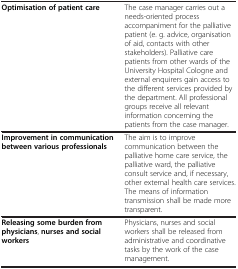
|  |  |
 | --- | --- |
 | Optimisation of patient care | The case manager carries out a needs-oriented process accompaniment for the palliative patient (e. g. advice, organisation of aid, contacts with other stakeholders). Palliative care patients from other wards of the University Hospital Cologne and external enquirers gain access to the different services provided by the department. All professional groups receive all relevant information concerning the patients from the case manager. |
 | Improvement in communication between various professionals | The aim is to improve communication between the palliative home care service, the palliative ward, the palliative consult service and, if necessary, other external health care services. The means of information transmission shall be made more transparent. |
 | Releasing some burden from physicians, nurses and social workers | Physicians, nurses and social workers shall be released from administrative and coordinative tasks by the work of the case management. |